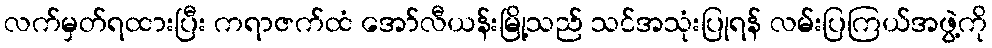
လက်မှတ်ရထားပြီး ကရာဇက်ထံ အော်လီယန်းမြို့သည် သင်အသုံးပြုရန် လမ်းပြကြယ်အဖွဲ့ကို